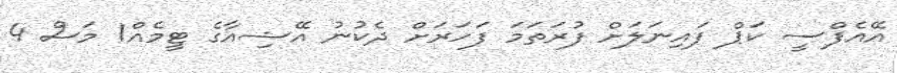
އޭއެފްސީ ކަޕް ފައިނަލަށް ފުރަތަމަ ފަހަރަށް ދެކުނު އޭޝިއާގެ ޓީމެއް1 މަސް 4